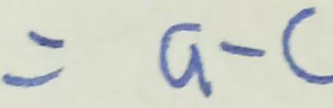
= a - c